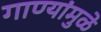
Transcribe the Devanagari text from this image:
गाण्यांमुळे